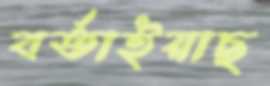
বর্তাইয়াছ